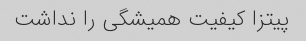
پیتزا کیفیت همیشگی را نداشت